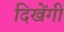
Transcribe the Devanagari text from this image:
दिखेंगी